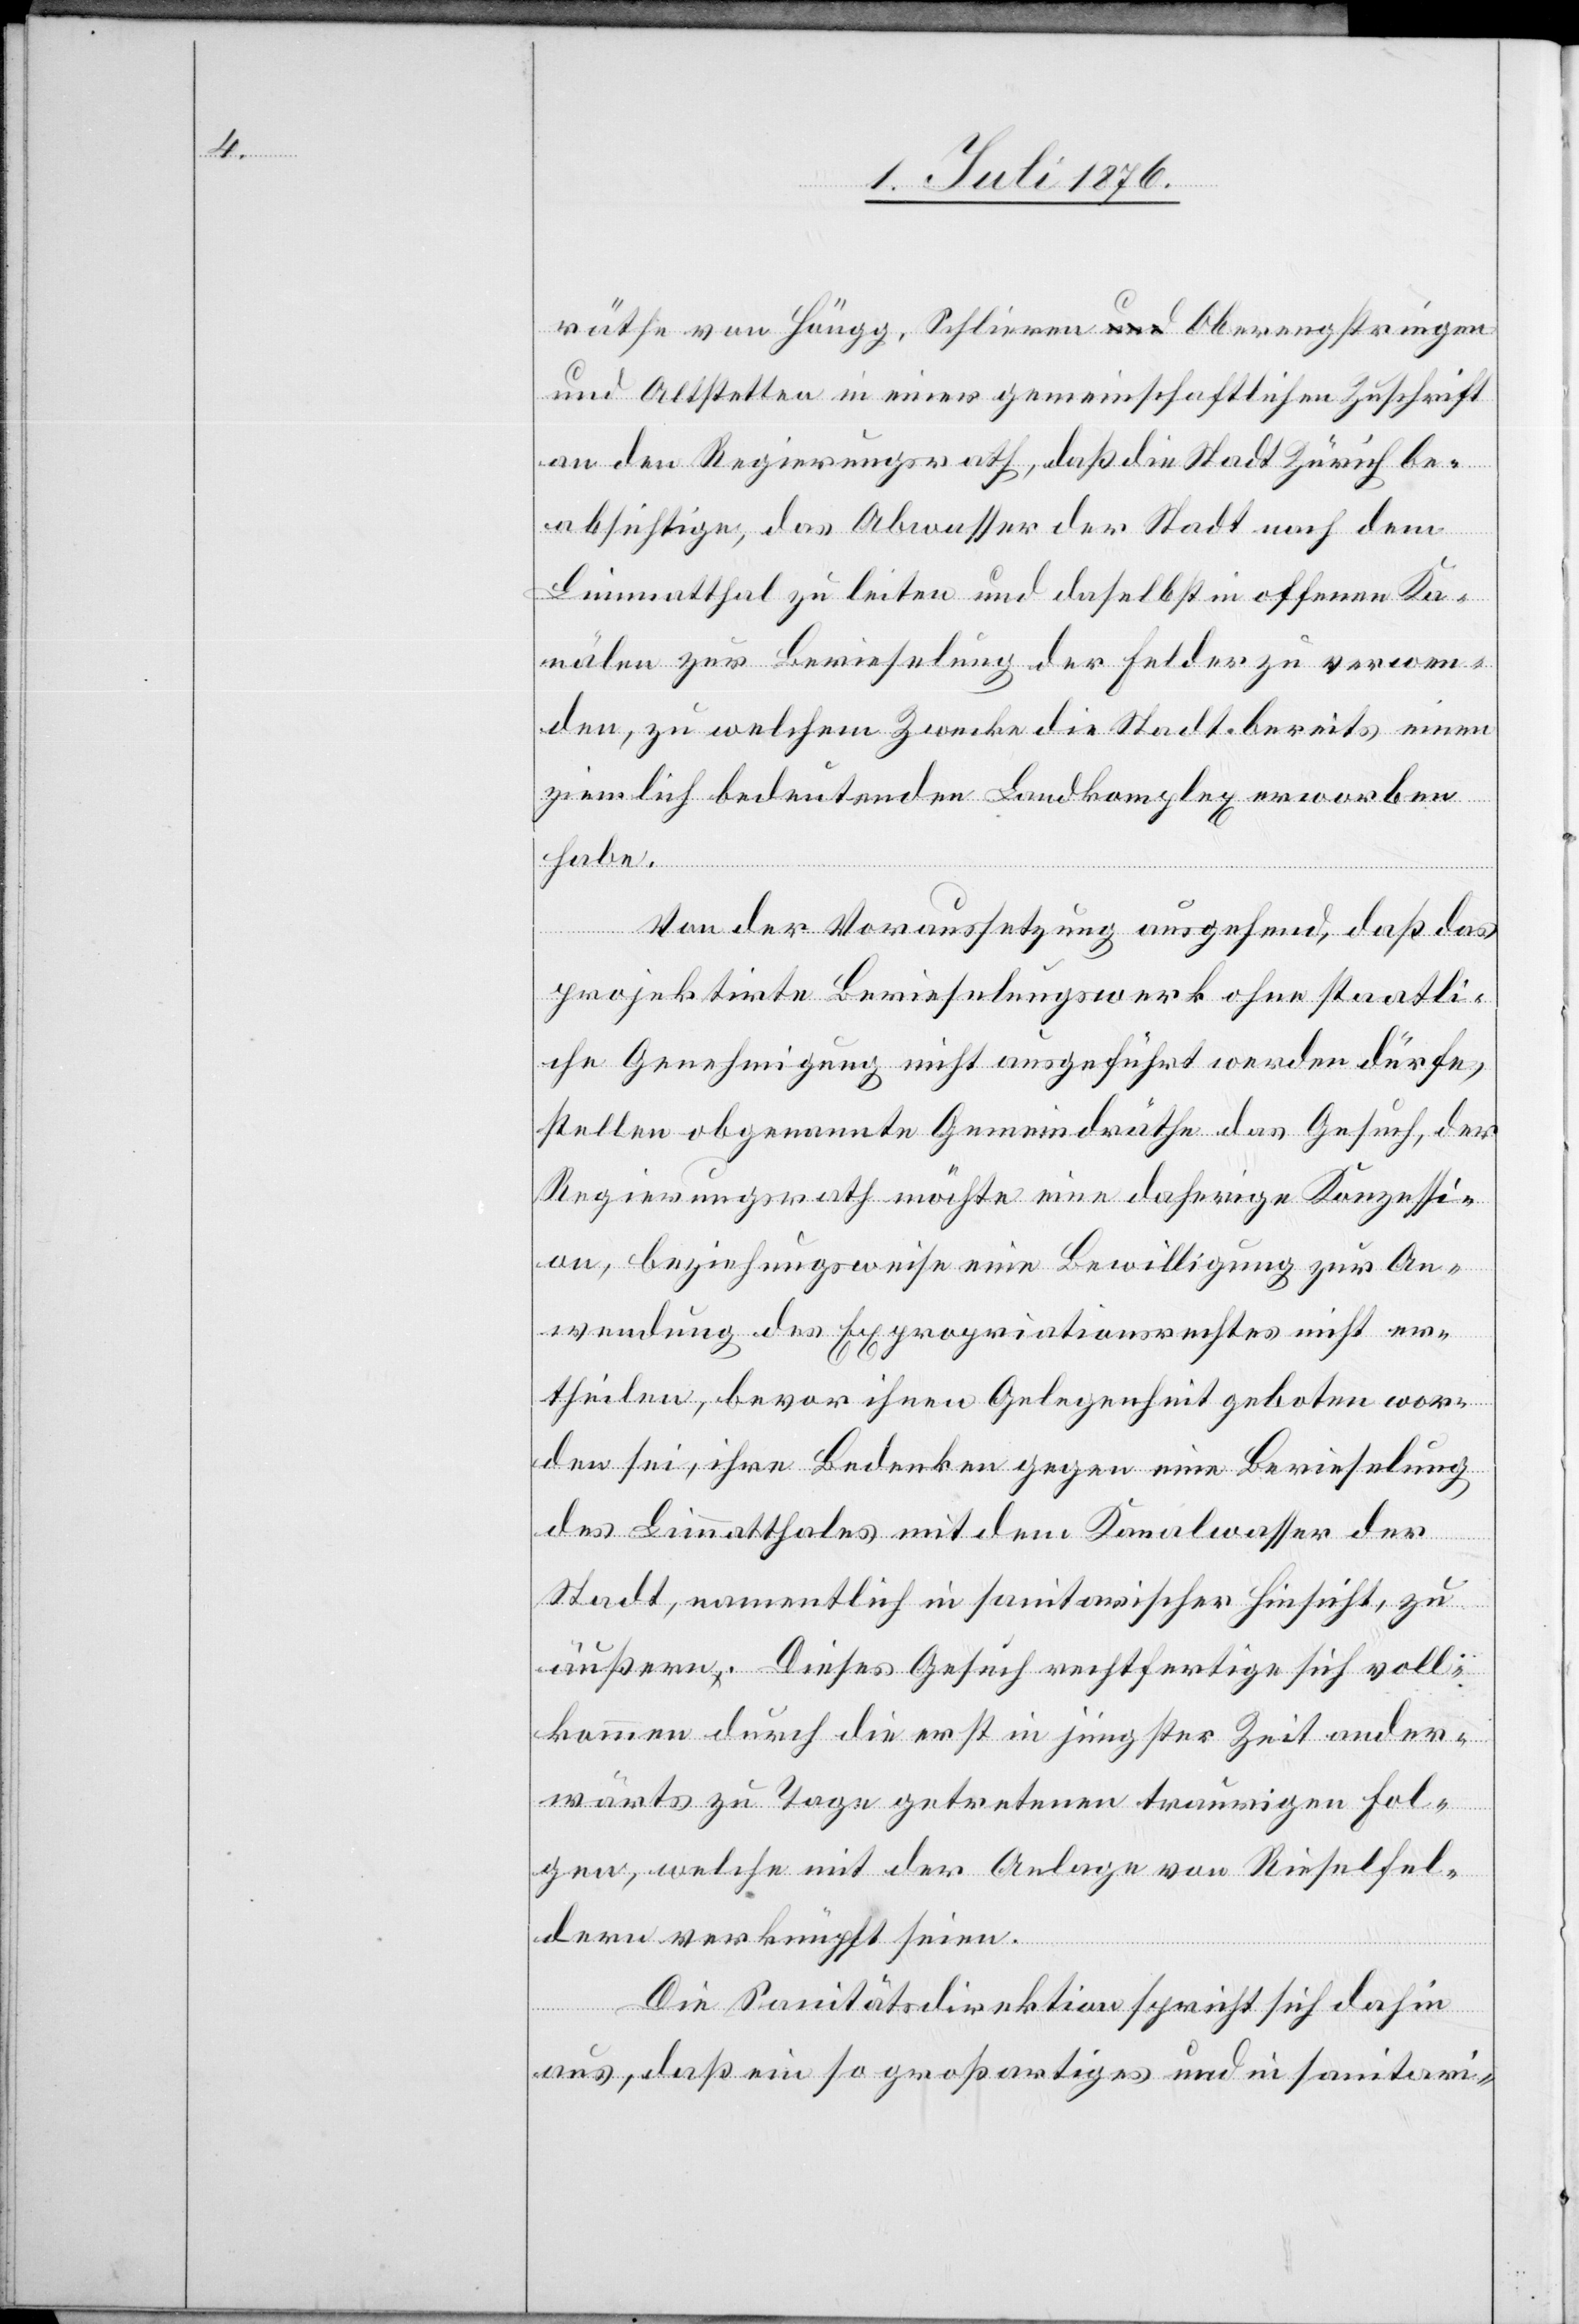
räthe von Höngg, Schlieren Oberengstringen
und Altstetten in einer gemeinschaftlichen Zuschrift
an den Regierungsrath, daß die Stadt Zürich be¬
absichtige, das Abwasser der Stadt nach dem
Limmatthal zu leiten und daselbst in offenen Ka¬
nälen zur Berieselung der Felder zu verwen¬
den, zu welchem Zwecke die Stadt bereits einen
ziemlich bedeutenden Landkomplex erworben
habe.
Von der Voraussetzung ausgehend, daß das
projektirte Berieselungswerk ohne staatli¬
che Genehmigung nicht ausgeführt werden dürfe,
stellen obgenannte Gemeindräthe das Gesuch, der
Regierungsrath möchte eine daherige Konzessi¬
on, beziehungsweise eine Bewilligung zur An¬
wendung des Expropriationsrechtes nicht er¬
theilen, bevor ihnen Gelegenheit geboten wor¬
den sei, ihre Bedenken gegen eine Berieselung
des Limmatthales mit dem Kanalwasser der
Stadt, namentlich in agitatorischer Hinsicht, zu
äußern. Dieses Gesuch rechtfertige sich voll¬
kommen durch die erst in jüngster Zeit ander¬
wärts zu Tage getretenen traurigen Fol¬
gen, welche mit der Anlage von Rieselfel¬
dern verknüpft seien.
Die Sanitätsdirektion spricht sich dahin
aus, daß ein so großartiges und in sanitori-